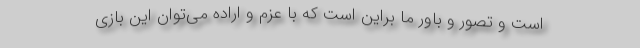
است و تصور و باور ما براین است‌ که با عزم و اراده می‌توان این بازی